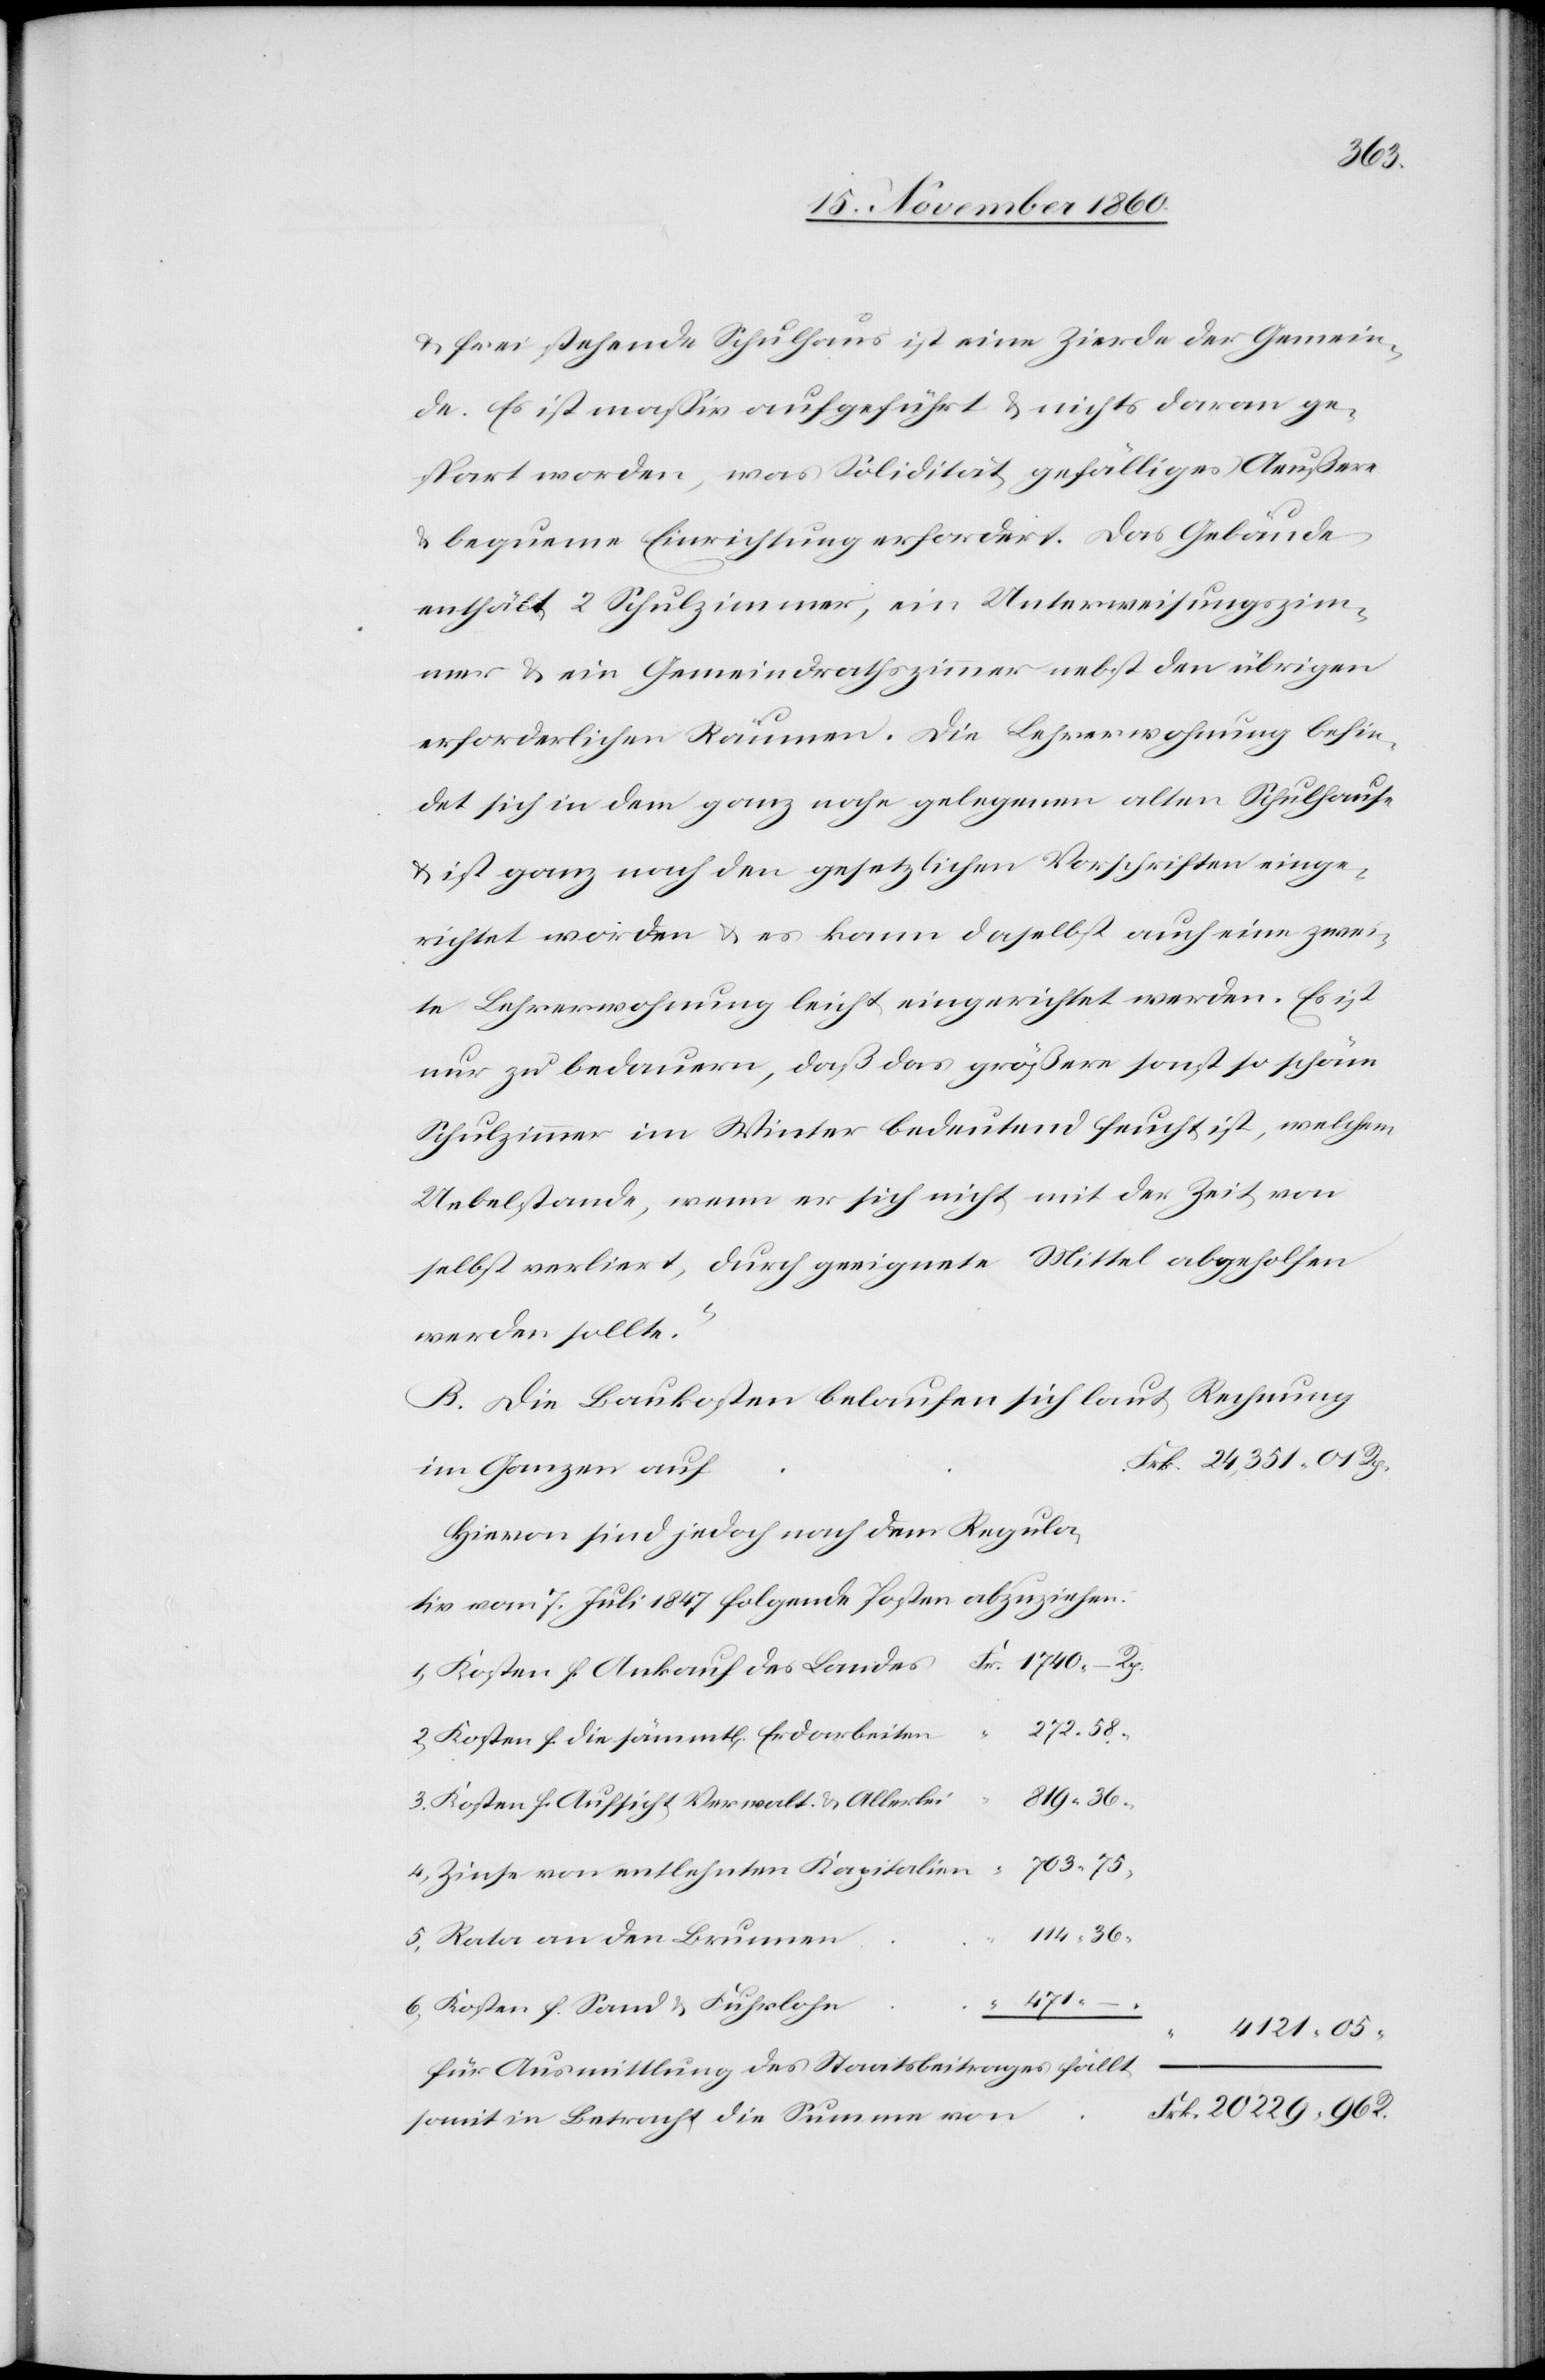
229
u. frei stehende Schulhaus ist eine Zierde der Gemein¬
de. Es ist massiv aufgeführt u. nicht daran ge¬
spart worden, was Solidität gefälliges Aeußere
u. bequeme Einrichtung erfordert. Das Gebäude
enthält 2 Schulzimmer, ein Unterweisungszim¬
mer u. ein Gemeindrathszimmer nebst den übrigen
erforderlichen Räumen. Die Lehrerwohnung befin¬
det sich in dem ganz nahe gelegenen alten Schulhause
ist ganz nach den gesetzlichen Vorschriften einge¬
richtet worden u. es kann daselbst auch eine zwei¬
te Lehrerwohnung leicht eingerichtet werden. Es ist
nur zu bedauern, daß das größere sonst so schöne
Schulzimmer im Winter bedeutend feucht ist, welchem
Uebelstand, wenn er sich nicht mit der Zeit von
selbst verliert, durch geeignete Mittel abgeholfen
werden sollte.“
B. Die Baukosten belaufen sich laut Rechnung
im Ganzen auf
Hievon sind jedoch nach dem Regula¬
tiv vom 7. Juli 1847 folgende Posten abzuziehen.
1. Kosten f. Ankauf des Landes
2. Kosten f. die sämmt[lichen] Erdarbeiten
58
3. Kosten f. Aufsicht Verwalt. u. Allerlei
4. Zinse von entlehnten Kapitalien
5. Rata an den Brunnen
R.
6. Kosten f. Sand u. Fuhrlohn
20